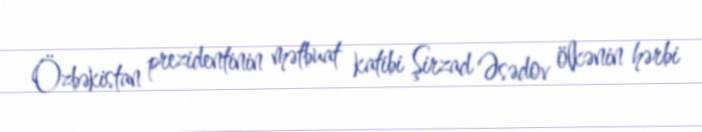
Özbəkistan prezidentinin mətbuat katibi Şirzad Əsədov ölkənin hərbi